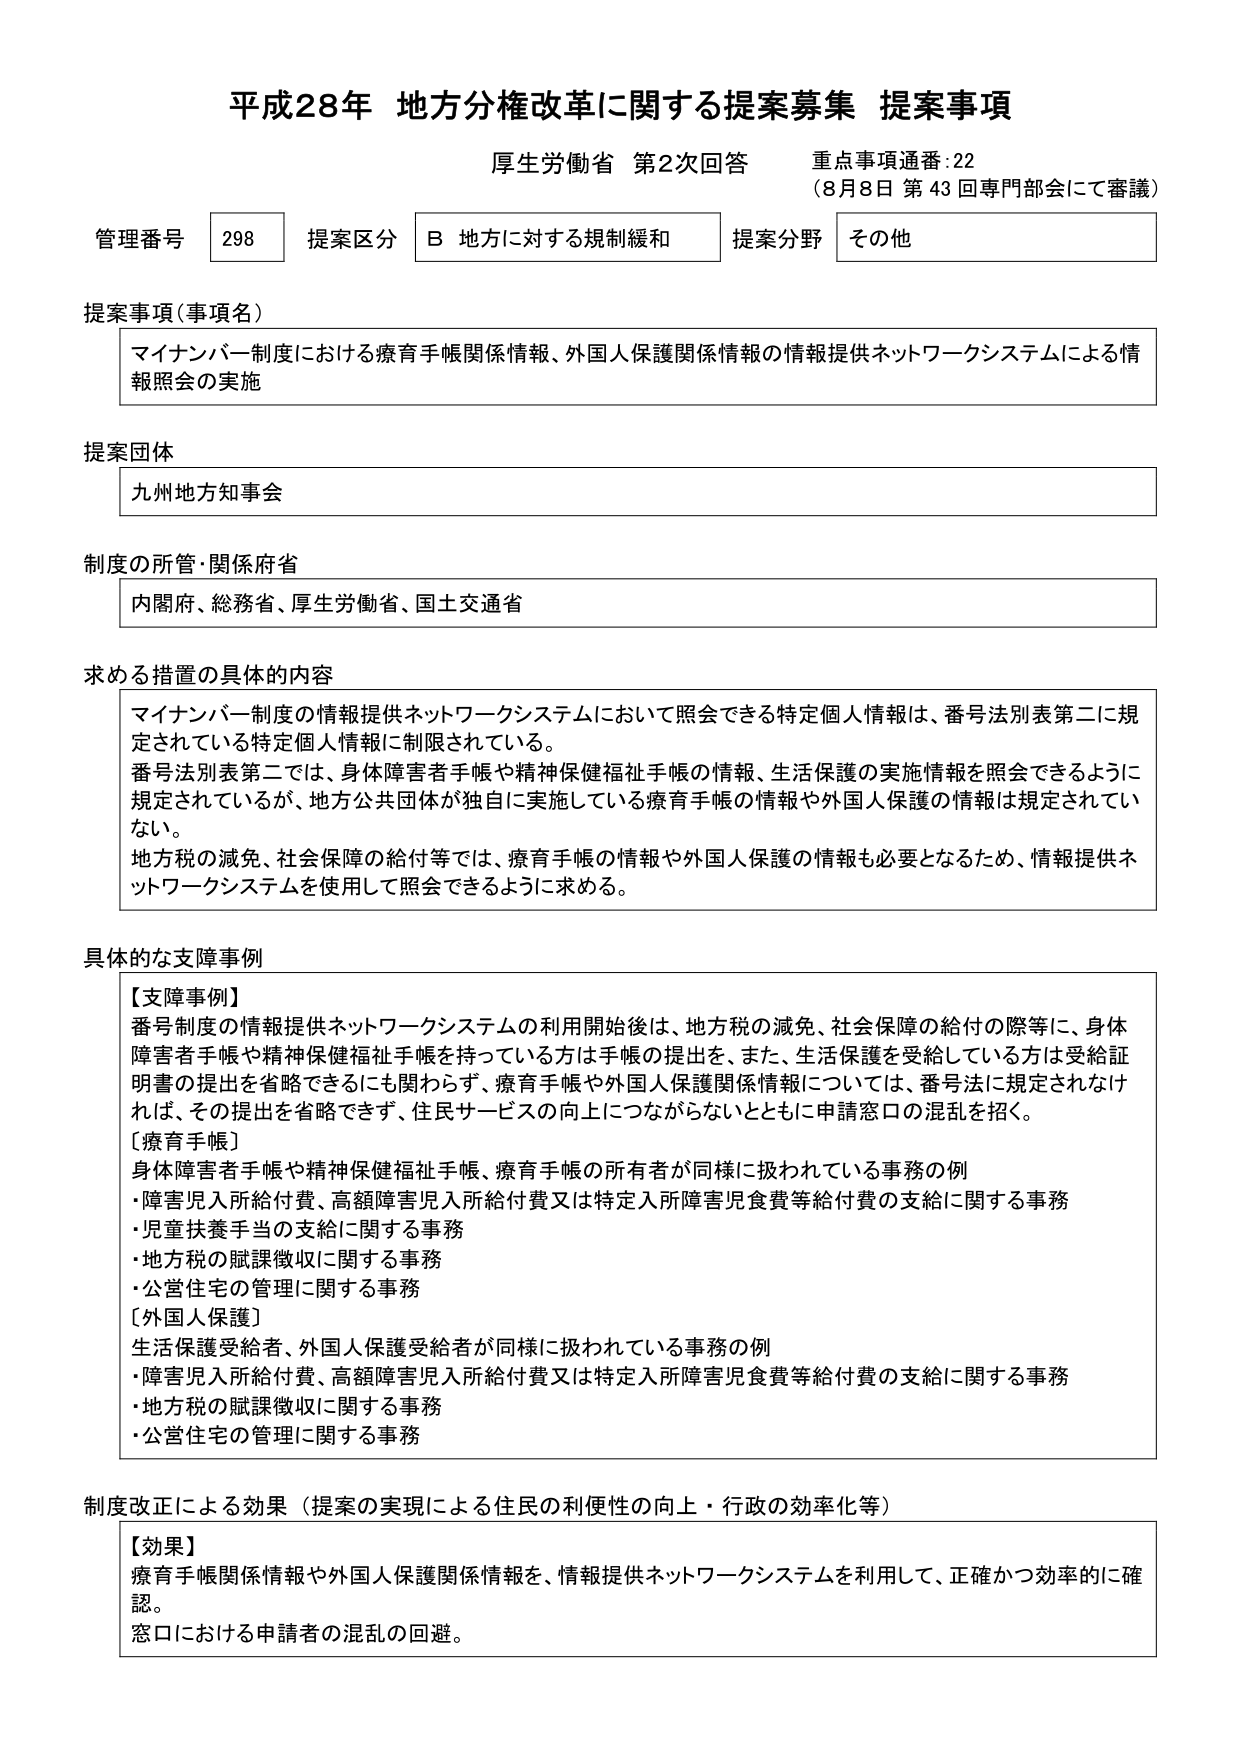
平成28年 地方分権改革に関する提案募集 提案事項
厚生労働省 第2次回答 重点事項通番:22
（8月8日 第43回専門部会にて審議）

管理番号 298 提案区分 B 地方に対する規制緩和 提案分野 その他

提案事項（事項名）
マイナンバー制度における療育手帳関係情報、外国人保護関係情報の情報提供ネットワークシステムによる情報照会の実施

提案団体
九州地方知事会

制度の所管・関係府省
内閣府、総務省、厚生労働省、国土交通省

求める措置の具体的内容
マイナンバー制度の情報提供ネットワークシステムにおいて照会できる特定個人情報は、番号法別表第二に規定されている特定個人情報に制限されている。
番号法別表第二では、身体障害者手帳や精神保健福祉手帳の情報、生活保護の実施情報を照会できるように規定されているが、地方公共団体が独自に実施している療育手帳の情報や外国人保護の情報は規定されていない。
地方税の減免、社会保障の給付等では、療育手帳の情報や外国人保護の情報も必要となるため、情報提供ネットワークシステムを使用して照会できるように求める。

具体的な支障事例
【支障事例】
番号制度の情報提供ネットワークシステムの利用開始後は、地方税の減免、社会保障の給付の際等に、身体障害者手帳や精神保健福祉手帳を持っている方は手帳の提出を、また、生活保護を受給している方は受給証明書の提出を省略できるにも関わらず、療育手帳や外国人保護関係情報については、番号法に規定されなければ、その提出を省略できず、住民サービスの向上につながらないとともに申請窓口の混乱を招く。
【療育手帳】
身体障害者手帳や精神保健福祉手帳、療育手帳の所有者が同様に扱われている事務の例
・障害児入所給付費、高額障害児入所給付費又は特定入所障害児食費等給付費の支給に関する事務
・児童扶養手当の支給に関する事務
・地方税の賦課徴収に関する事務
・公営住宅の管理に関する事務
【外国人保護】
生活保護受給者、外国人保護受給者が同様に扱われている事務の例
・障害児入所給付費、高額障害児入所給付費又は特定入所障害児食費等給付費の支給に関する事務
・地方税の賦課徴収に関する事務
・公営住宅の管理に関する事務

制度改正による効果（提案の実現による住民の利便性の向上・行政の効率化等）
【効果】
療育手帳関係情報や外国人保護関係情報を、情報提供ネットワークシステムを利用して、正確かつ効率的に確認。
窓口における申請者の混乱の回避。